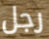
رجل